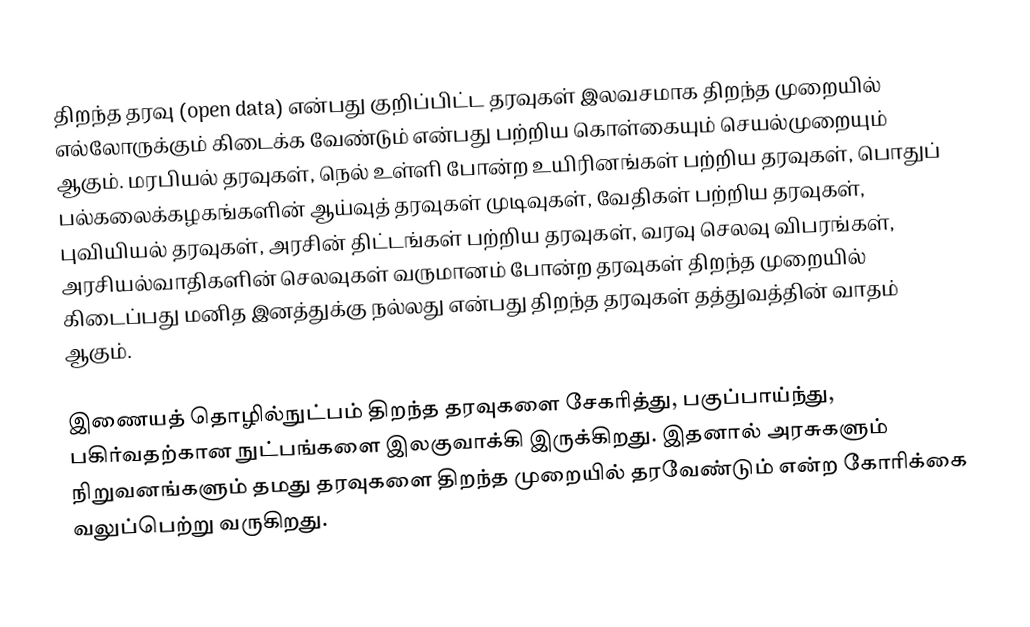
திறந்த தரவு (open data) என்பது குறிப்பிட்ட தரவுகள் இலவசமாக திறந்த முறையில் எல்லோருக்கும் கிடைக்க வேண்டும் என்பது பற்றிய கொள்கையும் செயல்முறையும் ஆகும். மரபியல் தரவுகள், நெல் உள்ளி போன்ற உயிரினங்கள் பற்றிய தரவுகள், பொதுப் பல்கலைக்கழகங்களின் ஆய்வுத் தரவுகள் முடிவுகள், வேதிகள் பற்றிய தரவுகள், புவியியல் தரவுகள், அரசின் திட்டங்கள் பற்றிய தரவுகள், வரவு செலவு விபரங்கள், அரசியல்வாதிகளின் செலவுகள் வருமானம் போன்ற தரவுகள் திறந்த முறையில் கிடைப்பது மனித இனத்துக்கு நல்லது என்பது திறந்த தரவுகள் தத்துவத்தின் வாதம் ஆகும்.

இணையத் தொழில்நுட்பம் திறந்த தரவுகளை சேகரித்து, பகுப்பாய்ந்து, பகிர்வதற்கான நுட்பங்களை இலகுவாக்கி இருக்கிறது. இதனால் அரசுகளும் நிறுவனங்களும் தமது தரவுகளை திறந்த முறையில் தரவேண்டும் என்ற கோரிக்கை வலுப்பெற்று வருகிறது.